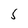
Character: S